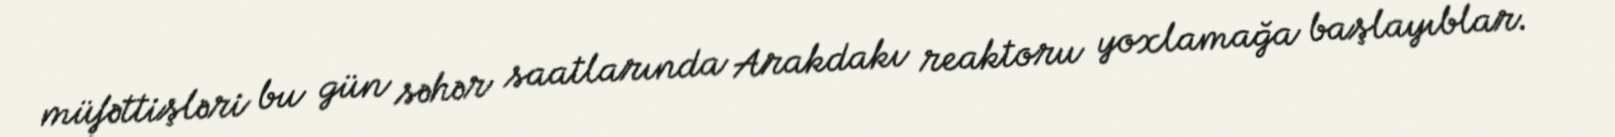
müfəttişləri bu gün səhər saatlarında Arakdakı reaktoru yoxlamağa başlayıblar.